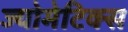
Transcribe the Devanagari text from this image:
ज्योमेटिक्स